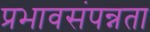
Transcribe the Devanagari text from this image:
प्रभावसंपन्नता